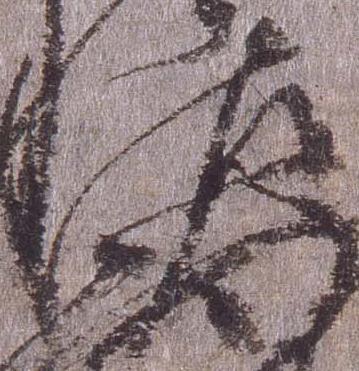
佐